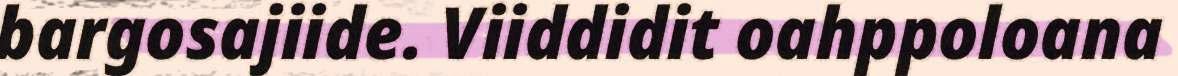
bargosajiide. Viiddidit oahppoloana